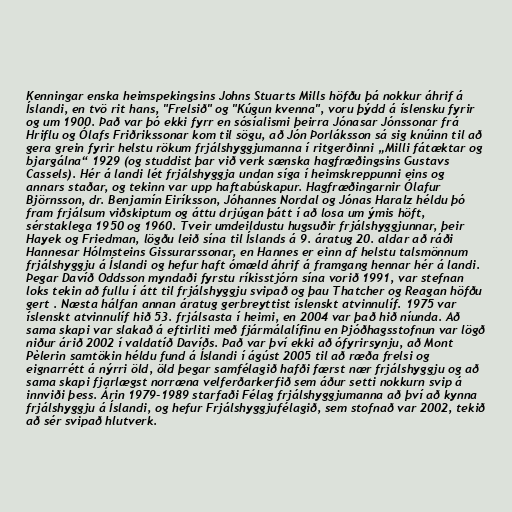
Kenningar enska heimspekingsins Johns Stuarts Mills höfðu þá nokkur áhrif á
Íslandi, en tvö rit hans, "Frelsið" og "Kúgun kvenna", voru þýdd á íslensku fyrir
og um 1900. Það var þó ekki fyrr en sósíalismi þeirra Jónasar Jónssonar frá
Hriflu og Ólafs Friðrikssonar kom til sögu, að Jón Þorláksson sá sig knúinn til að
gera grein fyrir helstu rökum frjálshyggjumanna í ritgerðinni „Milli fátæktar og
bjargálna“ 1929 (og studdist þar við verk sænska hagfræðingsins Gustavs
Cassels). Hér á landi lét frjálshyggja undan síga í heimskreppunni eins og
annars staðar, og tekinn var upp haftabúskapur. Hagfræðingarnir Ólafur
Björnsson, dr. Benjamín Eiríksson, Jóhannes Nordal og Jónas Haralz héldu þó
fram frjálsum viðskiptum og áttu drjúgan þátt í að losa um ýmis höft,
sérstaklega 1950 og 1960. Tveir umdeildustu hugsuðir frjálshyggjunnar, þeir
Hayek og Friedman, lögðu leið sína til Íslands á 9. áratug 20. aldar að ráði
Hannesar Hólmsteins Gissurarssonar, en Hannes er einn af helstu talsmönnum
frjálshyggju á Íslandi og hefur haft ómæld áhrif á framgang hennar hér á landi.
Þegar Davíð Oddsson myndaði fyrstu ríkisstjórn sína vorið 1991, var stefnan
loks tekin að fullu í átt til frjálshyggju svipað og þau Thatcher og Reagan höfðu
gert . Næsta hálfan annan áratug gerbreyttist íslenskt atvinnulíf. 1975 var
íslenskt atvinnulíf hið 53. frjálsasta í heimi, en 2004 var það hið níunda. Að
sama skapi var slakað á eftirliti með fjármálalífinu en Þjóðhagsstofnun var lögð
niður árið 2002 í valdatíð Davíðs. Það var því ekki að ófyrirsynju, að Mont
Pèlerin samtökin héldu fund á Íslandi í ágúst 2005 til að ræða frelsi og
eignarrétt á nýrri öld, öld þegar samfélagið hafði færst nær frjálshyggju og að
sama skapi fjarlægst norræna velferðarkerfið sem áður setti nokkurn svip á
innviði þess. Árin 1979-1989 starfaði Félag frjálshyggjumanna að því að kynna
frjálshyggju á Íslandi, og hefur Frjálshyggjufélagið, sem stofnað var 2002, tekið
að sér svipað hlutverk.